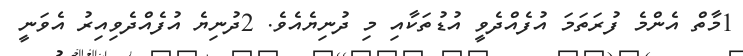
1މާތް އެންމެ ފުރަތަމަ އުފެއްދެވީ އުޑުތަކާއި މި ދުނިޔެއެވެ. 2ދުނިޔެ އުފެއްދެވިއިރު އެވަނީ